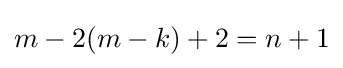
m-2(m-k)+2=n+1